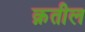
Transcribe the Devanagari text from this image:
क़तील